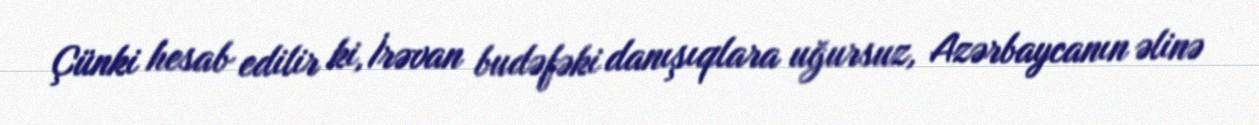
Çünki hesab edilir ki, İrəvan budəfəki danışıqlara uğursuz, Azərbaycanın əlinə